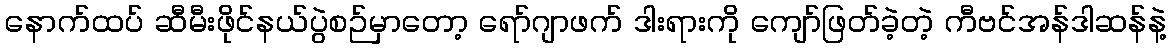
နောက်ထပ် ဆီမီးဖိုင်နယ်ပွဲစဉ်မှာတော့ ရော်ဂျာဖက် ဒါးရားကို ကျော်ဖြတ်ခဲ့တဲ့ ကီဗင်အန်ဒါဆန်နဲ့